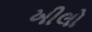
ખીલો